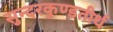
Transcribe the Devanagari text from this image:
सुन्दरकुण्डतीर्थ